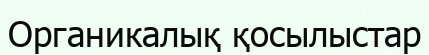
Органикалық қосылыстар